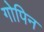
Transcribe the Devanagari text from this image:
गोपिन